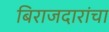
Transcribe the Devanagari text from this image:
बिराजदारांचा